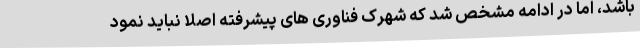
باشد، اما در ادامه مشخص شد که شهرک فناوری های پیشرفته اصلا نباید نمود